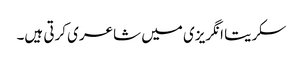
سکریتا انگریزی میں شاعری کرتی ہیں۔